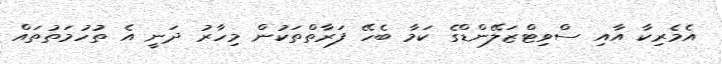
އެމެރިކާ އާއި ސްވިޓްޒަލޭންޑްގެ ކަމާ ބެހޭ ފަރާތްތަކުން މިހާރު ދަނީ އެ ތުހުމަތުތައް